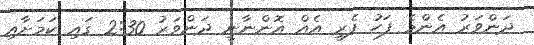
ދަންވަރު އެންމެ ފަހު ފެރީ އެއް އޮންނާނީ ދަންވަރު 2:30 ގައި ކަމަށާއި